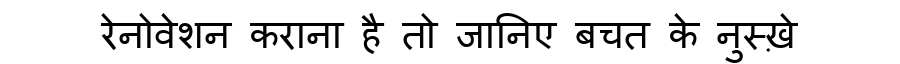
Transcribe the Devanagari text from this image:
रेनोवेशन कराना है तो जानिए बचत के नुस्ख़े